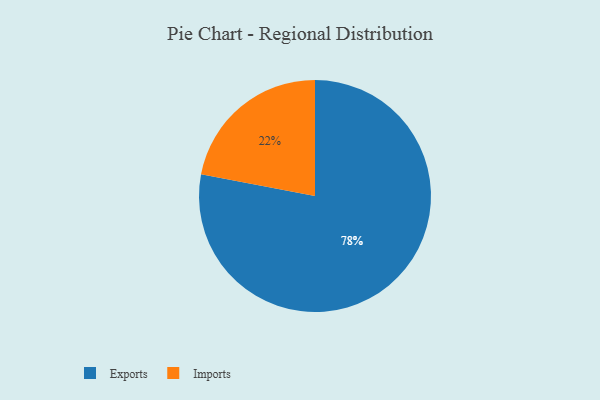
{"axis": {"x": "Category", "y": "Percentage"}, "legend": ["Exports", "Imports"], "data": [{"x": "Imports", "y": 22, "type": "Imports"}, {"x": "Exports", "y": 78, "type": "Exports"}]}